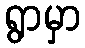
ရွာမှာ